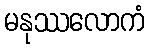
မနုဿလောကံ